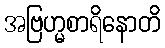
အဗြဟ္မစာရိနောတိ